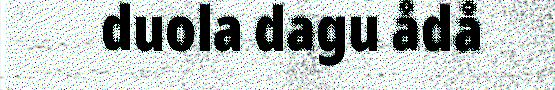
duola dagu ådå